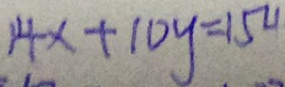
1 4 x + 1 0 y = 1 5 4